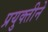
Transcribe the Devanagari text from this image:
प्रयुक्तीने